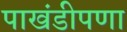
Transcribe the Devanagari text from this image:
पाखंडीपणा